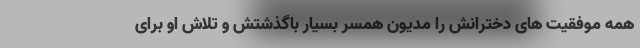
همه موفقیت های دخترانش را مدیون همسر بسیار باگذشتش و تلاش او برای